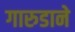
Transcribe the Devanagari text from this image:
गारुडाने